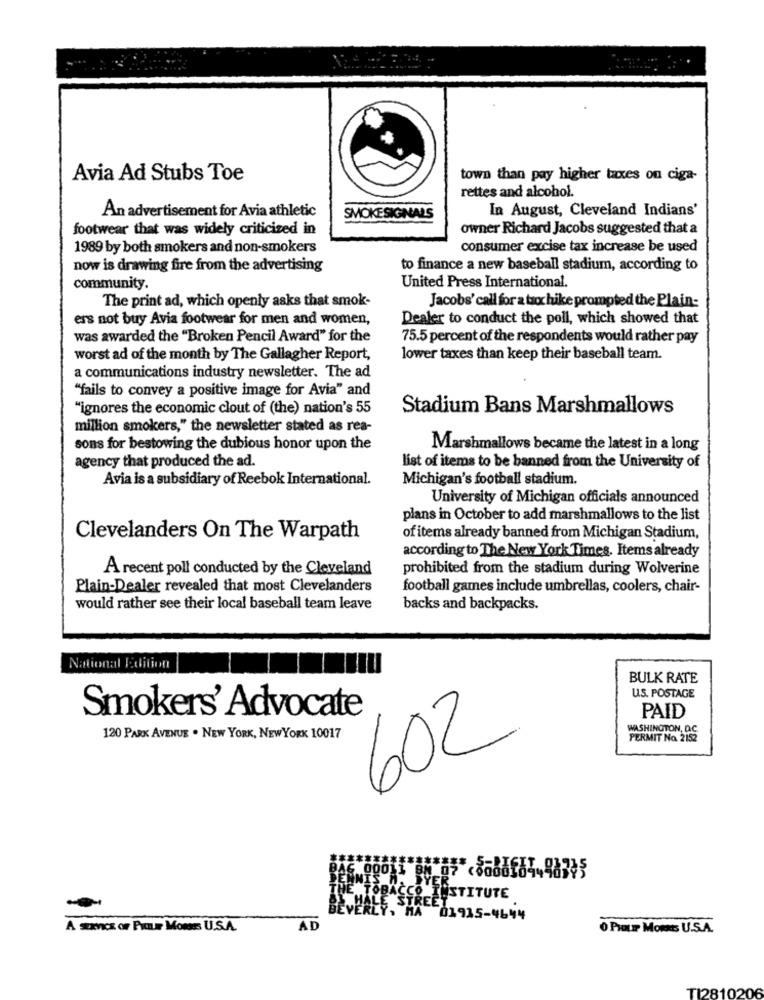
Avia Ad Stubs Toe
town than pay higher taxes on ciga-
rettes and alcohol.
In August, Cleveland Indians'
An advertisement for Avia athletic
SMOKESIGNALS
footwear that was widely criticized in
owner Richard Jacobs suggested that a
1989 by both smokers and non-smokers
consumer excise tax increase be used
now is drawing fire from the advertising
to finance a new baseball stadium, according to
United Press International.
community.
The print ad, which openly asks that smok-
Jacobs' call for a tax hike prompted the Plain-
ers not buy Avia footwear for men and women,
Dealer to conduct the poll, which showed that
was awarded the "Broken Pencil Award" for the
75.5 percent of the respondents would rather pay
worst ad of the month by The Gallagher Report,
lower taxes than keep their baseball team.
a communications industry newsletter. The ad
"fails to convey a positive image for Avia" and
"ignores the economic clout of (the) nation's 55
Stadium Bans Marshmallows
million smokers," the newsletter stated as rea-
sons for bestowing the dubious honor upon the
Marshmallows became the latest in a long
agency that produced the ad.
list of items to be banned from the University of
Avia is a subsidiary of Reebok International.
Michigan's football stadium.
University of Michigan officials announced
plans in October to add marshmallows to the list
Clevelanders On The Warpath
of items already banned from Michigan Stadium,
according to The New York Times. Items already
A recent poll conducted by the Cleveland
prohibited from the stadium during Wolverine
Plain-Dealer revealed that most Clevelanders
football games include umbrellas, coolers, chair-
would rather see their local baseball team leave
backs and backpacks.
National Edition
BULK RATE
U.S. POSTAGE
Smokers' Advocate
PAID
WASHINGTON, D.C
120 PARK AVENUE . NEW YORK, NEW YORK 10017
602
PERMIT No 2152
DYER_
TOBACCO INSTITUTE
TREET
LY, MA 01935-4644
A sancs or Prate Momsrs U.S.A.
AD
O PHILE Morts U.S.A.
TI2810206